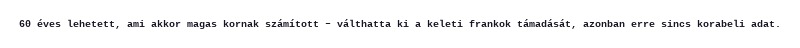
60 éves lehetett, ami akkor magas kornak számított – válthatta ki a keleti frankok támadását, azonban erre sincs korabeli adat.